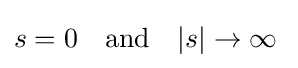
s=0\quad {\mbox{and}}\quad |s|\rightarrow \infty \;